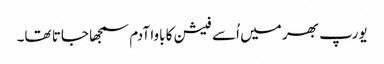
یورپ بھر میں اُسے فیشن کا باوا آدم سمجھا جاتا تھا۔